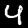
Label: 4